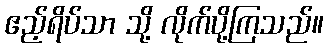
ဧည့်ရိပ်သာ သို့ လိုက်ပို့ကြသည်။